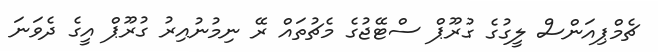
ޗެމްޕިއަންސް ލީގުގެ ގުރޫޕް ސްޓޭޖުގެ މެޗުތައް ރޭ ނިމުނުއިރު ގުރޫޕް އީގެ ދެވަނަ